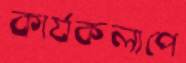
কার্যকলাপে